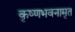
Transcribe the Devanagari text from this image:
कृष्णभवनामृत